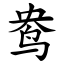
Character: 鸯